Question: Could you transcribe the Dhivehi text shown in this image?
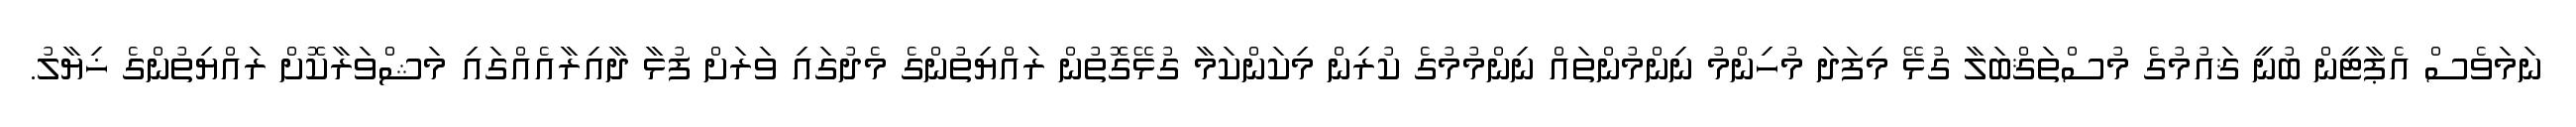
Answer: ނަމަވެސް އެޕާޓީން ބުނީ ޤައުމުގެ މުސްތަޤްބަލާ ގުޅޭ މިފަދަ މުހިންމު ނިންމުންތައް ނިންމުމުގެ ކުރިން މިކަންކަމާ ގުޅޭގޮތުން ރައްޔިތުންގެ މެދުގައި ވަރަށް ފުޅާ ދާއިރާއެއްގައި މަޝްވަރާކޮށް ރައްޔިތުންގެ ޚިޔާލު.